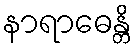
နာရာဓေန္တိ